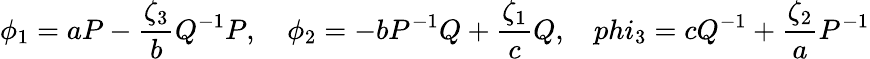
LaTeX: \phi_{1}=aP-\frac{\zeta_{3}}{b}Q^{-1}P,\ \ \ \ \phi_{2}=-bP^{-1}Q+\frac{\zeta_{1}}{c}Q,\ \ \ \, phi_{3}=cQ^{-1}+\frac{\zeta_{2}}{a}P^{-1}